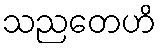
သညတေဟိ